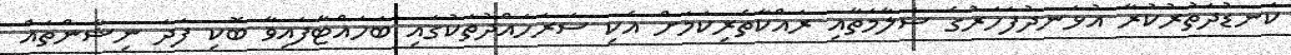
ކަނޑުދަތުރުކުރާ އުޅަނދުފަހަރުގެ ސަލާމަތާއި ރައްކާތެރިކަމަށް އެކި ސަރަހައްދުތަކުގައި ބަހައްޓާފައިވާ ބޮކި ފަދަ ނިޝާންތައް